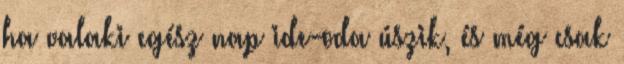
ha valaki egész nap ide-oda úszik, és még csak